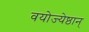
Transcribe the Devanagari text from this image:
वयोज्येष्ठान्‌